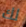
لك